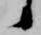
候